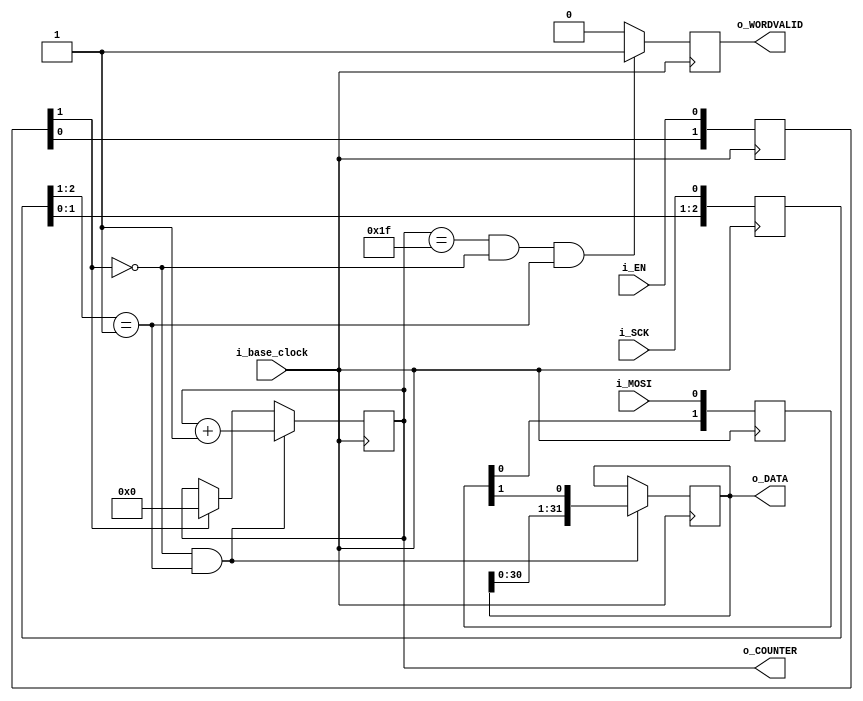
module SPI_slave(i_base_clock, i_SCK, i_MOSI, i_EN, o_WORDVALID,o_DATA,o_COUNTER);


input i_base_clock;
input i_SCK, i_EN,i_MOSI;
parameter n = 32;

output reg o_WORDVALID;
output wire [n-1:0] o_DATA;
output [7:0] o_COUNTER;

assign o_COUNTER = counter;

reg[2:0] sck_samples = 0;
reg[2:0] en_samples = 0;
reg[1:0] mosi_samples = 0;

wire validInputData = mosi_samples[1];
wire enableActive = ~en_samples[1]; //active low

always @(posedge i_base_clock) begin
    
    sck_samples <= {sck_samples[1:0],i_SCK};
    en_samples <= {en_samples[1:0],i_EN};
    mosi_samples <= {mosi_samples[0],i_MOSI};
    
    end

//recieve data from avr
//parameterize this better...
reg [7:0] counter = 0;
reg [n-1:0] dataInputRegister = 0;
assign o_DATA = dataInputRegister;


always@(posedge i_base_clock) begin
    //if enable is true, and serial clock is rising
    //read data
    if(enableActive && sck_samples[2:1] == 2'b01) begin
        counter <= counter +1;
        //read a bit of the data into the register
        dataInputRegister <= {dataInputRegister[n-2:0],validInputData};
    end //if
    else
        if (enableActive == 0) begin
            counter <= 0;
        end
        
    end
    
//TODO does this need more constraints?
always@(posedge i_base_clock) begin
    if( (counter == n-1) && enableActive && (sck_samples[2:1] == 2'b01) ) begin
        o_WORDVALID <= 1;
    end
    else begin
        o_WORDVALID <= 0;
    end
end

endmodule